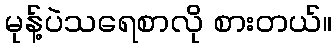
မုန့်ပဲသရေစာလို စားတယ်။